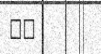
٨٤